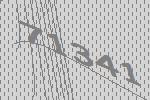
71341